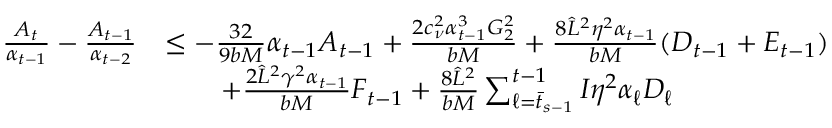
\begin{array} { r l } { \frac { A _ { t } } { \alpha _ { t - 1 } } - \frac { A _ { t - 1 } } { \alpha _ { t - 2 } } } & { \leq - \frac { 3 2 } { 9 b M } \alpha _ { t - 1 } A _ { t - 1 } + \frac { 2 c _ { \nu } ^ { 2 } \alpha _ { t - 1 } ^ { 3 } G _ { 2 } ^ { 2 } } { b M } + \frac { 8 \hat { L } ^ { 2 } \eta ^ { 2 } \alpha _ { t - 1 } } { b M } ( D _ { t - 1 } + E _ { t - 1 } ) } \\ & { \qquad + \frac { 2 \hat { L } ^ { 2 } \gamma ^ { 2 } \alpha _ { t - 1 } } { b M } F _ { t - 1 } + \frac { 8 \hat { L } ^ { 2 } } { b M } \sum _ { \ell = \bar { t } _ { s - 1 } } ^ { t - 1 } I \eta ^ { 2 } \alpha _ { \ell } D _ { \ell } } \end{array}